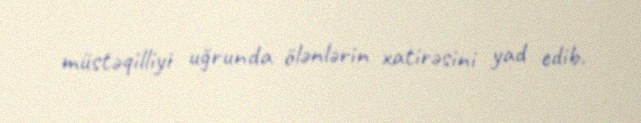
müstəqilliyi uğrunda ölənlərin xatirəsini yad edib.